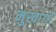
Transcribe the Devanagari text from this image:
मुखांगों